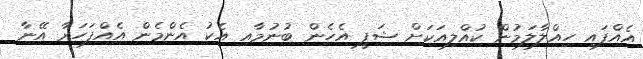
އެއްފައި ހިއްލާލަމުން ކުއްލިއަކަށް ޝަފީ އެހެން ބުނުމާއި އެކު އެންމެން އެއްފަހަރާ އޭނާ